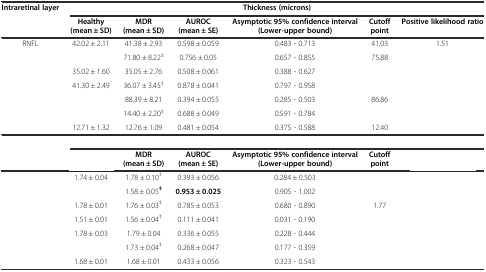
<table><thead><tr><td><b>Intraretinal layer</b></td><td colspan="6"><b>Thickness (microns)</b></td></tr><tr><td>[EMPTY_CELL]</td><td><b>Healthy (mean ± SD)</b></td><td><b>MDR (mean ± SD)</b></td><td><b>AUROC (mean ± SE)</b></td><td><b>Asymptotic 95% confidence interval (Lower-upper bound)</b></td><td><b>Cutoff point</b></td><td><b>Positive likelihood ratio</b></td></tr><tr><td><b>RNFL</b></td><td><b>42.02 ± 2.11</b></td><td><b>41.38 ± 2.93</b></td><td><b>0.598 ± 0.059</b></td><td><b>0.483 - 0.713</b></td><td><b>41.03</b></td><td><b>1.51</b></td></tr></thead><tbody><tr><td>[EMPTY_CELL]</td><td>[EMPTY_CELL]</td><td>71.80 ± 8.22<sup>‡</sup></td><td>0.756 ± 0.05</td><td>0.657 - 0.855</td><td>75.88</td><td>[EMPTY_CELL]</td></tr><tr><td>[EMPTY_CELL]</td><td>35.02 ± 1.60</td><td>35.05 ± 2.76</td><td>0.508 ± 0.061</td><td>0.388 - 0.627</td><td>[EMPTY_CELL]</td><td>[EMPTY_CELL]</td></tr><tr><td>[EMPTY_CELL]</td><td>41.30 ± 2.49</td><td>36.07 ± 3.45<sup>‡</sup></td><td>0.878 ± 0.041</td><td>0.797 - 0.958</td><td>[EMPTY_CELL]</td><td>[EMPTY_CELL]</td></tr><tr><td>[EMPTY_CELL]</td><td>[EMPTY_CELL]</td><td>88.39 ± 8.21</td><td>0.394 ± 0.055</td><td>0.285 - 0.503</td><td>86.86</td><td>[EMPTY_CELL]</td></tr><tr><td>[EMPTY_CELL]</td><td>[EMPTY_CELL]</td><td>14.40 ± 2.20<sup>‡</sup></td><td>0.688 ± 0.049</td><td>0.591 - 0.784</td><td>[EMPTY_CELL]</td><td>[EMPTY_CELL]</td></tr><tr><td>[EMPTY_CELL]</td><td>12.71 ± 1.32</td><td>12.76 ± 1.09</td><td>0.481 ± 0.054</td><td>0.375 - 0.588</td><td>12.40</td><td>[EMPTY_CELL]</td></tr><tr><td>[EMPTY_CELL]</td><td colspan="6">[EMPTY_CELL]</td></tr><tr><td>[EMPTY_CELL]</td><td>[EMPTY_CELL]</td><td><b>MDR (mean ± SD)</b></td><td><b>AUROC (mean ± SE)</b></td><td><b>Asymptotic 95% confidence interval (Lower-upper bound)</b></td><td><b>Cutoff point</b></td><td>[EMPTY_CELL]</td></tr><tr><td>[EMPTY_CELL]</td><td>1.74 ± 0.04</td><td>1.78 ± 0.10<sup>‡</sup></td><td>0.393 ± 0.056</td><td>0.284 ± 0.503</td><td>[EMPTY_CELL]</td><td>[EMPTY_CELL]</td></tr><tr><td>[EMPTY_CELL]</td><td>[EMPTY_CELL]</td><td>1.58 ± 0.05<sup><b>‡</b></sup></td><td><b>0.953 ± 0.025</b></td><td>0.905 - 1.002</td><td>[EMPTY_CELL]</td><td>[EMPTY_CELL]</td></tr><tr><td>[EMPTY_CELL]</td><td>1.78 ± 0.01</td><td>1.76 ± 0.03<sup>‡</sup></td><td>0.785 ± 0.053</td><td>0.680 - 0.890</td><td>1.77</td><td>[EMPTY_CELL]</td></tr><tr><td>[EMPTY_CELL]</td><td>1.51 ± 0.01</td><td>1.56 ± 0.04<sup>‡</sup></td><td>0.111 ± 0.041</td><td>0.031 - 0.190</td><td>[EMPTY_CELL]</td><td>[EMPTY_CELL]</td></tr><tr><td>[EMPTY_CELL]</td><td>1.78 ± 0.03</td><td>1.79 ± 0.04</td><td>0.336 ± 0.055</td><td>0.228 - 0.444</td><td>[EMPTY_CELL]</td><td>[EMPTY_CELL]</td></tr><tr><td>[EMPTY_CELL]</td><td>[EMPTY_CELL]</td><td>1.73 ± 0.04<sup>‡</sup></td><td>0.268 ± 0.047</td><td>0.177 - 0.359</td><td>[EMPTY_CELL]</td><td>[EMPTY_CELL]</td></tr><tr><td>[EMPTY_CELL]</td><td>1.68 ± 0.01</td><td>1.68 ± 0.01</td><td>0.433 ± 0.056</td><td>0.323 - 0.543</td><td>[EMPTY_CELL]</td><td>[EMPTY_CELL]</td></tr></tbody></table>